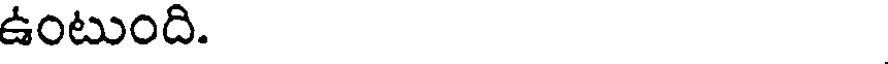
ఉంటుంది.